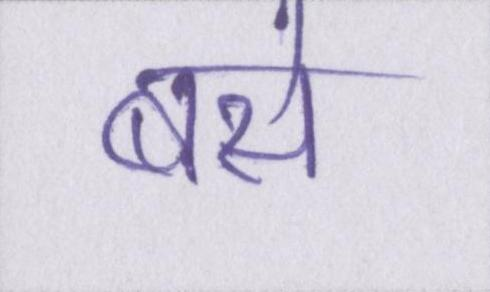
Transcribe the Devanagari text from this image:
बसे